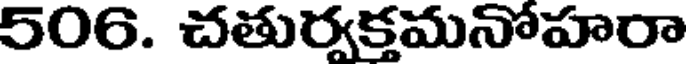
506. చతుర్వక్తమనోహరా